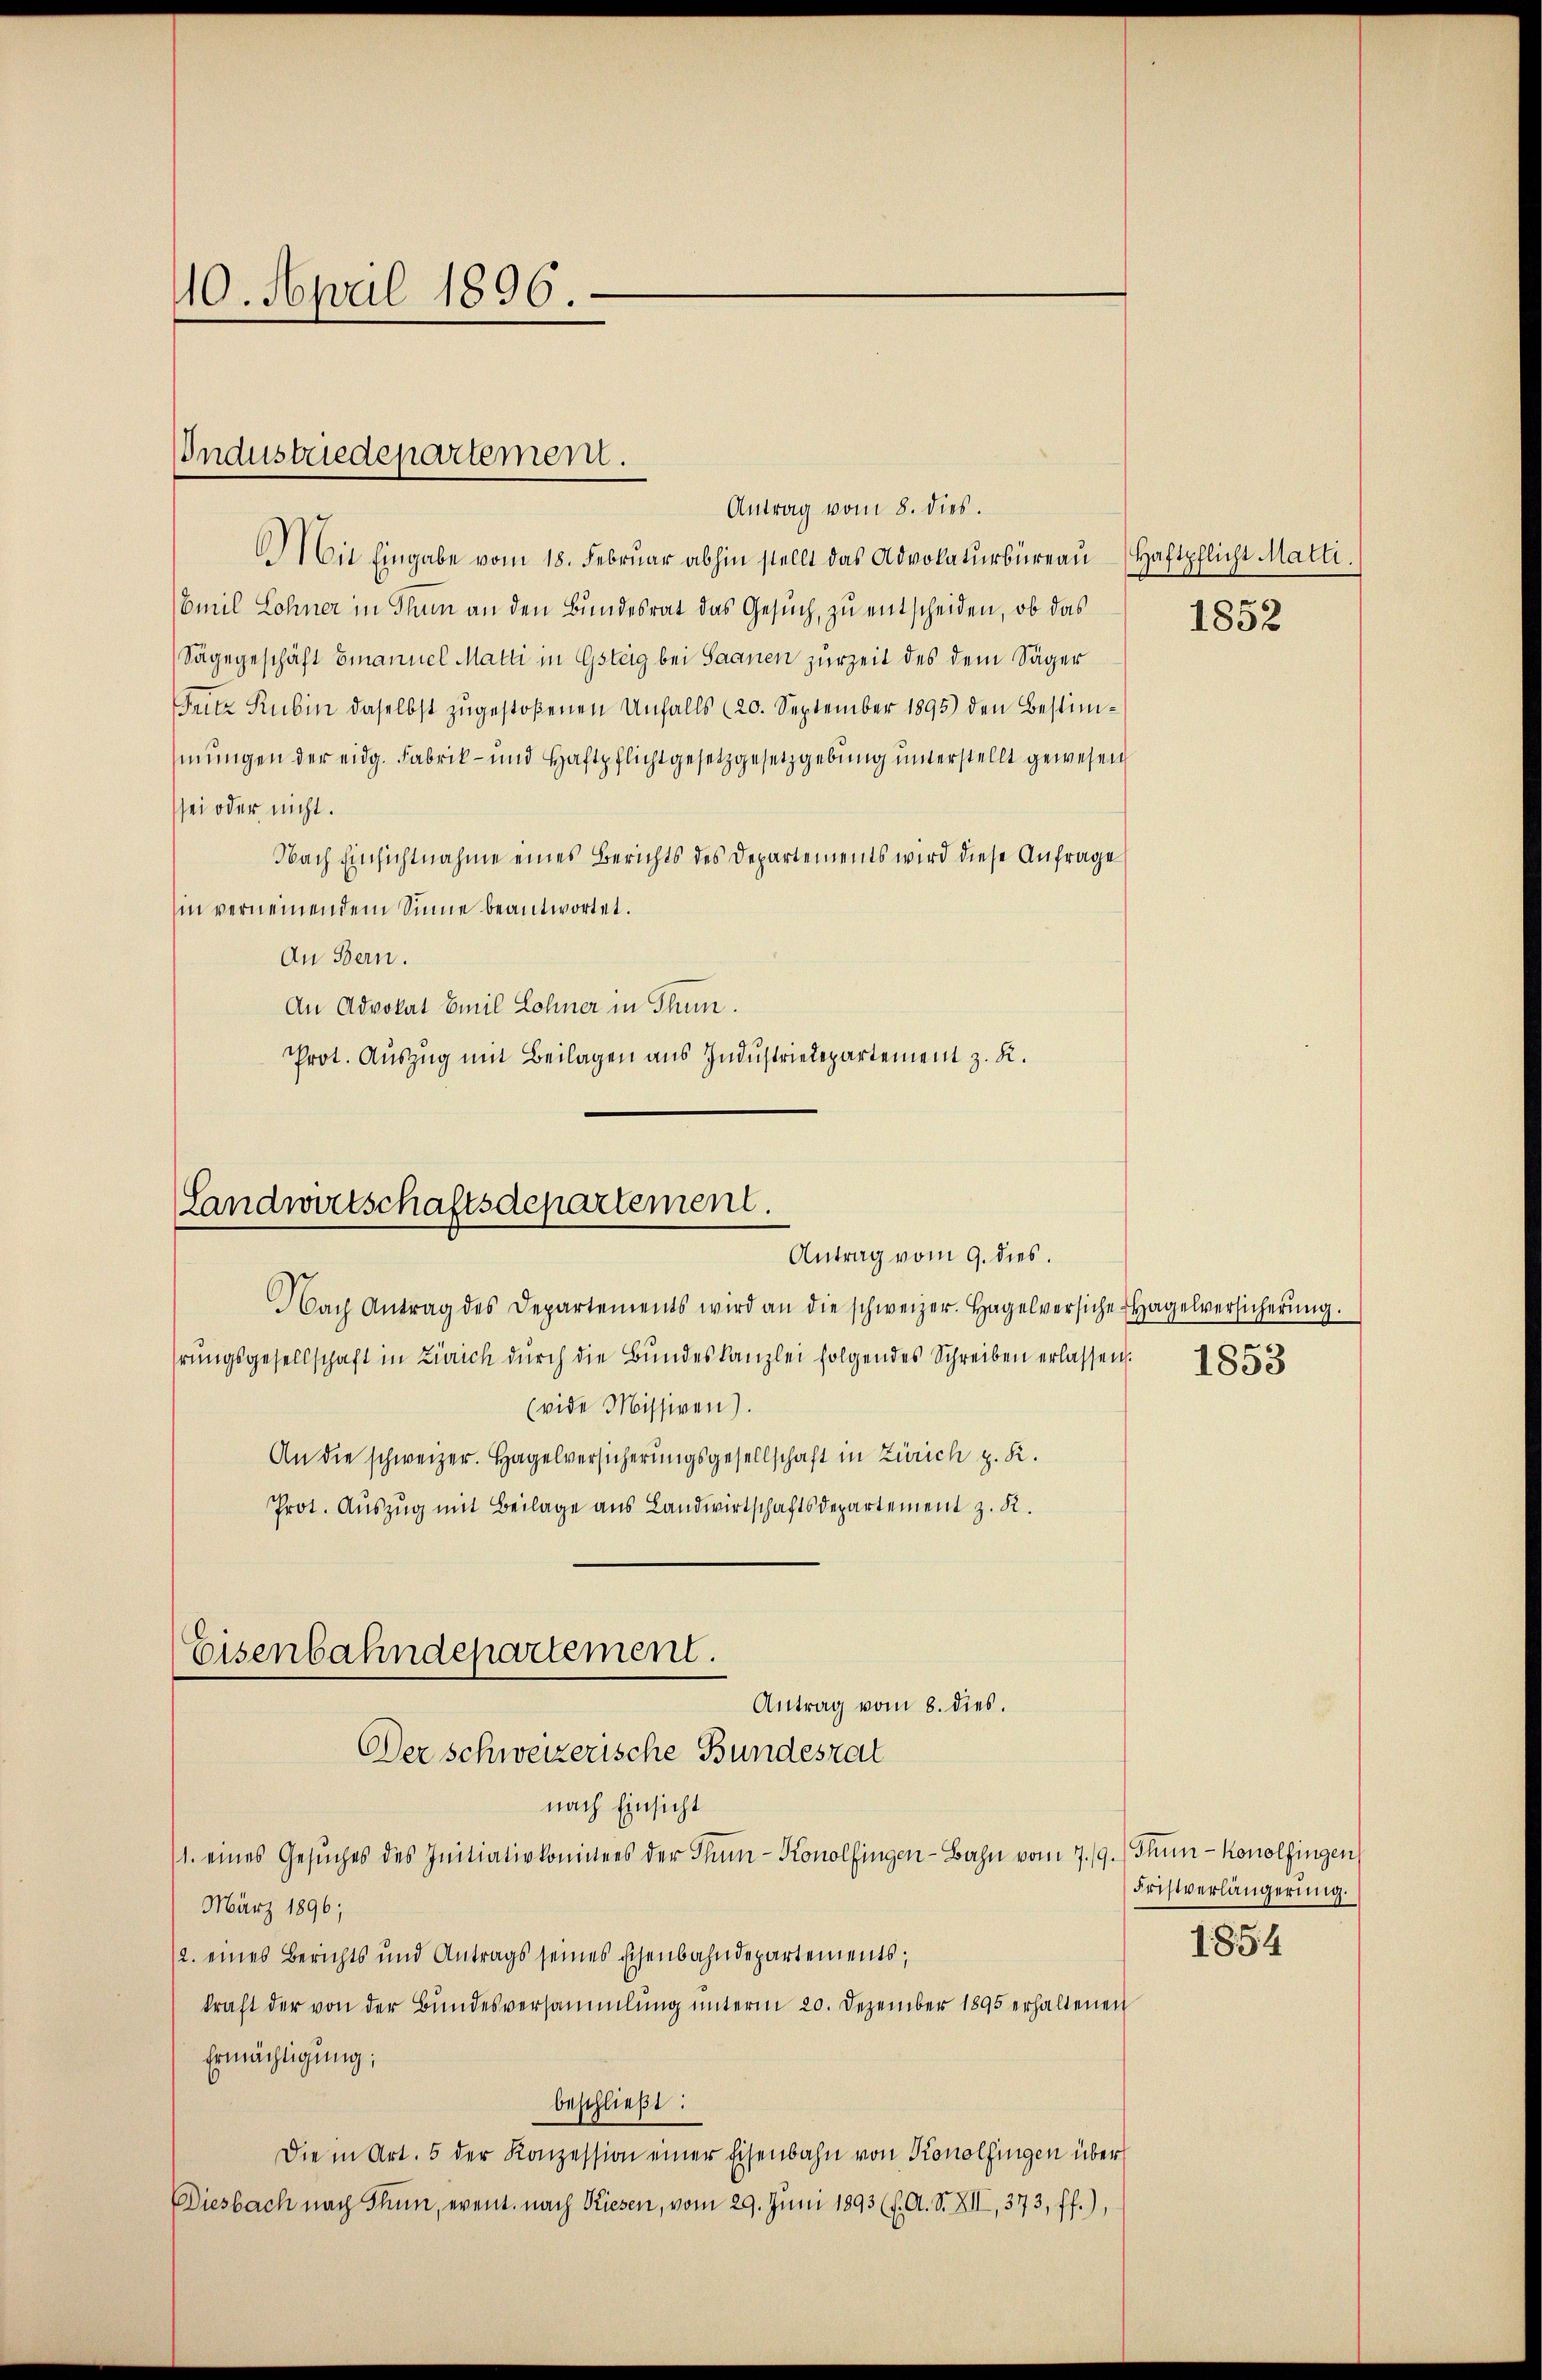
10. April 1896.

Undustriedepartement.

Antrag vom 8. dies.
Aie Eingabe vom 18. Febrŭar abhin stellt das Advokaturbüreaŭ Haftpflicht Matti.
Omil Lohner in Thun an den Bundesrat das Gesuch, zu entscheiden, ob das
Sagegeschäft Emanuel Matti in Gsteig bei Saanen zurZeit des dem Säger
Fntz Rubin daselbst zugestoßenen Unfalls (20. September 1895) den Bestimmungen der eidg. Fabrik- und Haftpflicht gesetzgesetzgebung unterstellt gewesen
sei oder nicht.
Nach Einsichtnahme eines Berichts des Departements wird diese Anfrage
hin verneinendem Sinne beantwortet.
An Bern.
An Advokat Emil Lohner in Thun.
Prot. Auszug mit Beilagen aus Industriedepartement z. K.

Landwirtschaftsdepartement.
Antrag vom 9. dies.

Eisenbahndepartement.

Nach Antrag des Departements wird an die schweizer. Hagelversiche Hagelversicherŭng.
hrungsgesellschaft in Zürich dŭrch die Bŭndeskanzlei folgendes Schreiben erlassen. 553
(vide Missiven).
An die schweizer. Hagelversicherungsgesellschaft in Zürich z. R.
Prot. Auszug mit Beilage aus Landwirtschaftsdepartement z. R.
Antrag vom 8. dies.
Der schweizerische Bundesrat
nach Einsicht
1. eines Gesŭches des Initiativkomitees der Thun- Konolfingen-Bahn vom 7./9.) Thun - Konolfingen
März 1896;
12. eines Berichts und Antrags seines Eisenbahndepartements;
kraft der von der Bŭndesversammlŭng ŭnterm 20. Dezember 1895 erhaltenen
Ermächtigung;
beschließt:
Die in Art. 5 der Konzession einer Eisenbahn von Konolfingen über
Diesbach nach Thun, event. nach Riesen, vom 29. Juni 1893 (1. A. S. XII, 373 ff.),

1852

Fristverlängerung.

1854